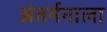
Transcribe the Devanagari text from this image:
अंतर्मनाला